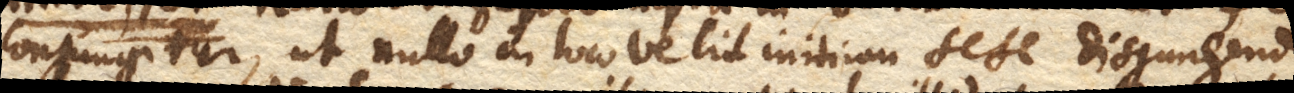
conjungitur, ut nullo in loco velit initium sese disjungendi